Annual administration report of the Civil Veterinary Department of India - 1896-1897
Year: 1896
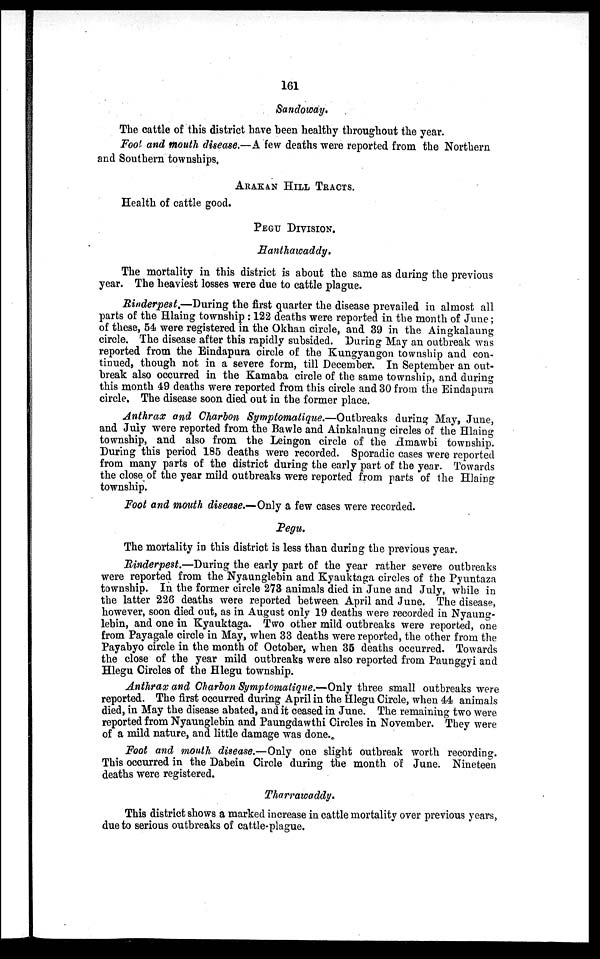
161
Sandoway.
The cattle of this district have been healthy throughout the year.
Fool and mouth disease.—A few deaths were reported from the Northern
and Southern townships,
ARAKAN HILL TRACTS.
Health of cattle good.
PEGU DIVISION.
Hanthawaddy.
The mortality in this district is about the same as during the previous
year. The heaviest losses were due to cattle plague.
Rinderpest.—During the first quarter the disease prevailed in almost all
parts of the Hlaing township: 122 deaths were reported in the month of June;
of these, 54 were registered in the Okhan circle, and 39 in the Aingkalaung
circle. The disease after this rapidly subsided. During May an outbreak was
reported from the Eindapura circle of the Kungyangon township and con-
tinued, though not in a severe form, till December. In September an out-
break also occurred in the Kamaba circle of the same township, and during
this month 49 deaths were reported from this circle and 30 from the Eindapura
circle. The disease soon died out in the former place.
Anthrax and Charbon Symptomatique.—Outbreaks during May, June,
and July were reported from the Bawle and Ainkalaung circles of the Hlaing
township, and also from the Leingon circle of the Hmawbi township.
During this period 185 deaths were recorded. Sporadic cases were reported
from many parts of the district during the early part of the year. Towards
the close of the year mild outbreaks were reported from parts of the Hlaing
township.
Foot and mouth disease.—Only a few cases were recorded.
Pegu.
The mortality in this district is less than during the previous year.
Rinderpest.—During the early part of the year rather severe outbreaks
were reported from the Nyaunglebin and Kyauktaga circles of the Pyuntaza
township. In the former circle 273 animals died in June and July, while in
the latter 226 deaths were reported between April and June. The disease,
however, soon died out, as in August only 19 deaths were recorded in Nyaung-
lebin, and one in Kyauktaga. Two other mild outbreaks were reported, one
from Payagale circle in May, when 33 deaths were reported, the other from the
Payabyo circle in the month of October, when 35 deaths occurred. Towards
the close of the year mild outbreaks were also reported from Paunggyi and
Hlegu Circles of the Hlegu township.
Anthrax and Charbon Symptomatique.—Only three small outbreaks were
reported. The first occurred during April in the Hlegu Circle, when 44 animals
died, in May the disease abated, and it ceased in June. The remaining two were
reported from Nyaunglebin and Paungdawthi Circles in November. They were
of a mild nature, and little damage was done.
Foot and mouth disease.—Only one slight outbreak worth recording.
This occurred in the Dabein Circle during the month of June. Nineteen
deaths were registered.
Tharrawaddy.
This district shows a marked increase in cattle mortality over previous years,
due to serious outbreaks of cattle-plague.